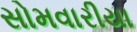
સોમવારીયા